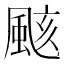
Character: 𮨫